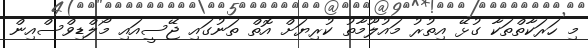
މި ހަރަކާތްތަކާ ގުޅޭ އިތުރު މައުލޫމާތު ކުރިޔަށް އޮތް ތަނުގައި ޖޭސީއައި މޯލްޑިވްސްއިން